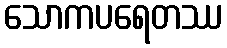
သောကပရေတဿ